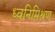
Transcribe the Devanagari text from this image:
ध्वनिमिश्रण